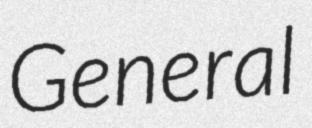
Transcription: General